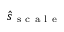
\hat { s } _ { \mathrm { ~ s ~ c ~ a ~ l ~ e ~ } }